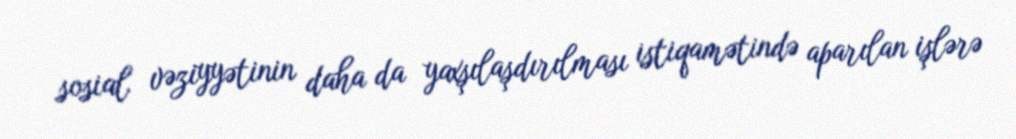
sosial vəziyyətinin daha da yaxşılaşdırılması istiqamətində aparılan işlərə